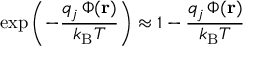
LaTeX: \exp \left( - { \frac { q _ { j } \, \Phi ( \mathbf { r } ) } { k _ { \mathrm { { B } } } T } } \right) \approx 1 - { \frac { q _ { j } \, \Phi ( \mathbf { r } ) } { k _ { \mathrm { { B } } } T } }